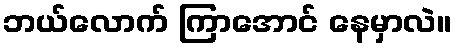
ဘယ်လောက် ကြာအောင် နေမှာလဲ။